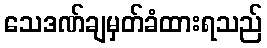
သေဒဏ်ချမှတ်ခံထားရသည်